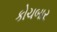
કોચબાર